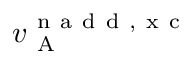
v _ { \mathrm { ~ A ~ } } ^ { \mathrm { ~ n ~ a ~ d ~ d ~ , ~ x ~ c ~ } }